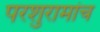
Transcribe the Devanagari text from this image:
परशुरामांच